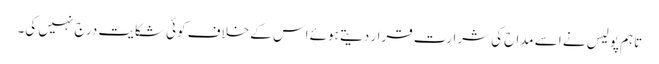
تاہم پولیس نے اسے مداح کی شرارت قرار دیتے ہوئے اس کے خلاف کوئی شکایت درج نہیں کی۔